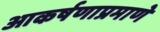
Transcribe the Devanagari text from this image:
आकर्षणाप्रमाणे